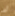
أين